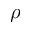
\rho